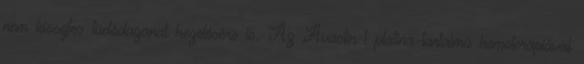
nem kissejtes tüdődaganat kezelésére is. Az Avastin-t platina-tartalmú kemoterápiával